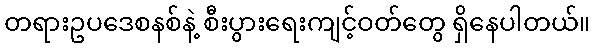
တရားဥပဒေစနစ်နဲ့ စီးပွားရေးကျင့်ဝတ်တွေ ရှိနေပါတယ်။